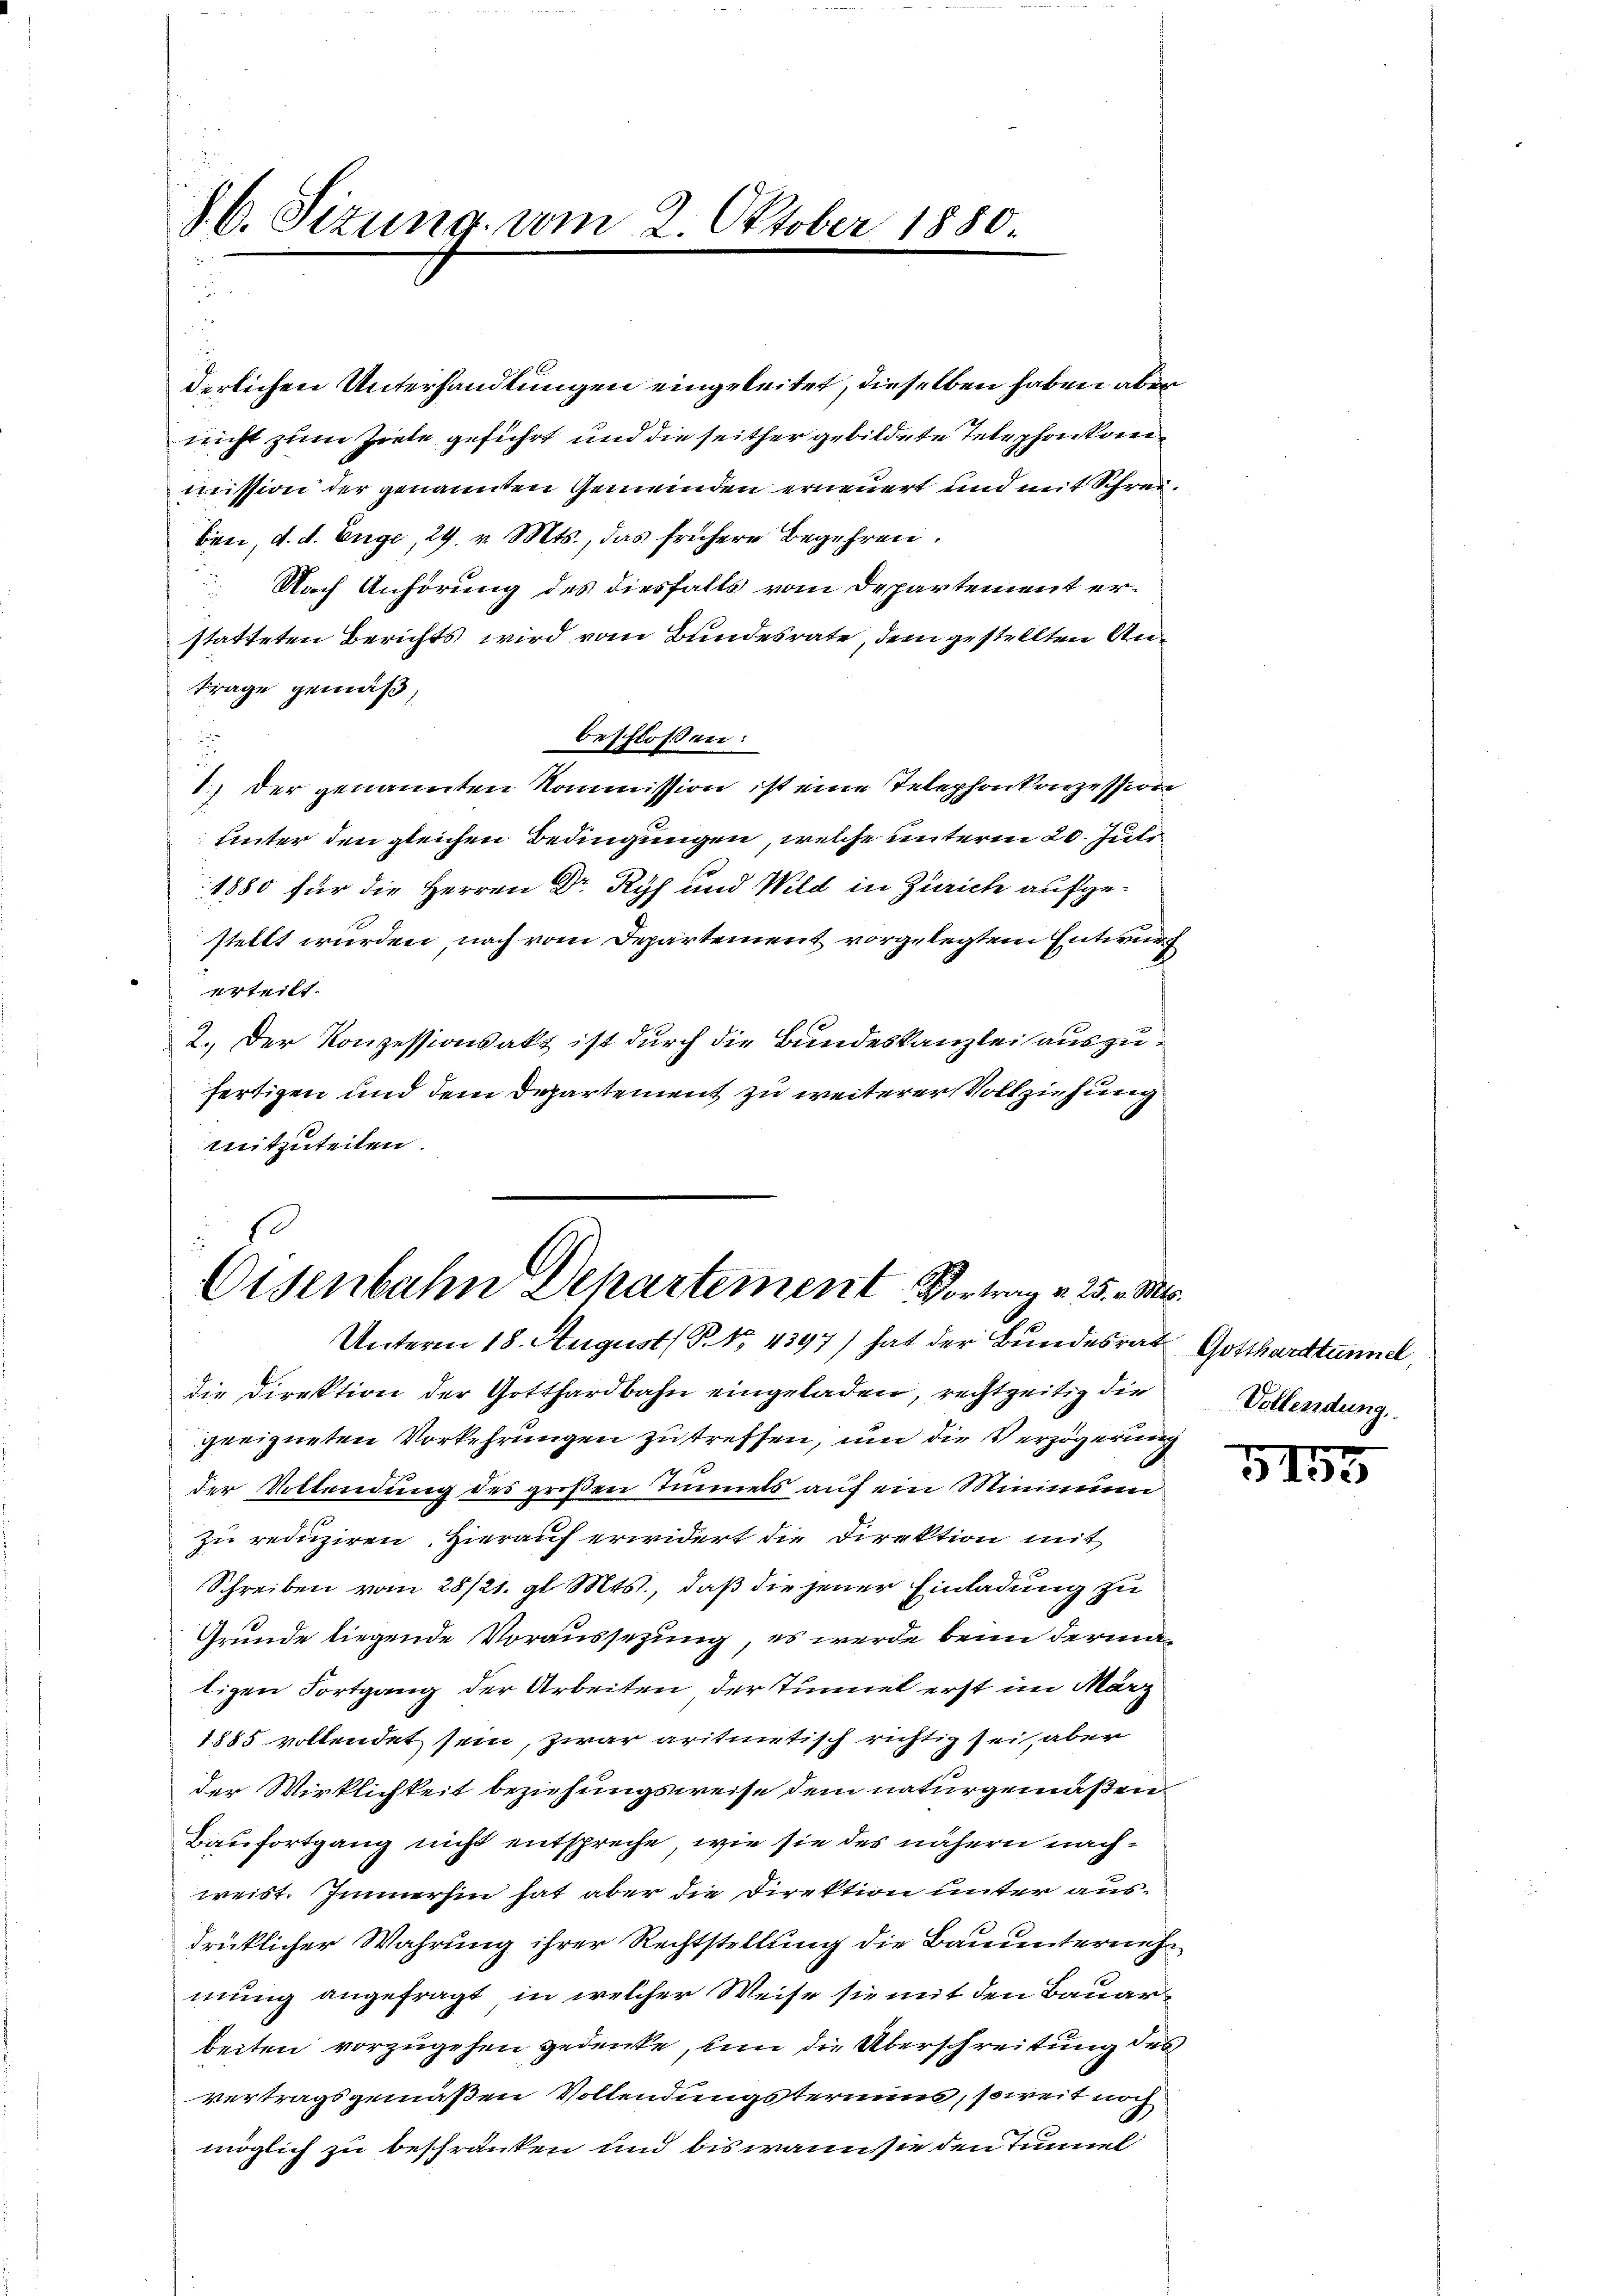
Jb. Sizung vom 2. Oktober 1880

statteten Berichts wird vom Bundesrate, dem gestellten An¬
Frage gemäß,
beschlossen:
1.) Der genannten Kommission ist eine Telephonkonzession
unter den gleichen Bedingungen, welche unterm 20. Juli
1880 für die Herren Dr Ryf und Wild in Zürich aufgestellt wurden, nach vom Departement vorgelegtem Entwurf
 erteilt.
2.) Der Konzessionsakt ist durch die Bundeskanzlei auszufertigen und dem Departement zu weiterer Vollziehung
mitzuteilen.

derlichen Unterhandlungen eingeleitet, dieselben haben aber
nricht zum Ziele geführt und die seither gebildete Telephonkormission der genannten Gemeinden erneuert und mit Schreiben, d. d. Enge, 29. v. Mts., das frühere Begehren.
Nach Anhörung des diesfalls vom Departement er¬

Eisenbahn Departement Vortrag v. 25. M
Unterm 18. August ( P. Nr. 4397) hat der Bundesrat Gotthardtunnel,

die Direktion der Gotthardbahn eingeladen, rechtzeitig die
geeigneten Vorkehrungen zu treffen, und die Verzögerung

der Vollendung des großen Immels auf ein Mininiu
zu reduziren. Hierauf erwidert die Direktion mit
Schreiben vom 28/21. gl. Mts., daß die jener Einladung zu
Grunde liegende Voraussezung, es werde beim dermatigen Fortgang der Arbeiten der Tunnel erst im März
1885 vollendet sein, zwar aritietisch richtig sei, aber
der Wirklichkeit beziehungsweise dem naturgemäßen
Bau fortgang nicht entspreche, wie sie des nähern nachweist. Immerhin hat aber die Direktion unter ausdrüklicher Wahrung ihrer Rechtstellung die Bauunternehmung angefragt, in welcher Weise sie mit den Bauarbeiten vorzugehen gedenke, um die Überschreitung des
vertragsgemäßen Vollendungsteriums, soweit noch
möglich zu beschränken und bis waiste den Tunnel

.
Vollendung.

e
3155